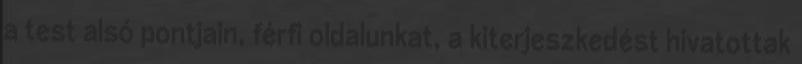
a test alsó pontjain, férfi oldalunkat, a kiterjeszkedést hivatottak